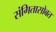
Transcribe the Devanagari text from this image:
संगितासोबत